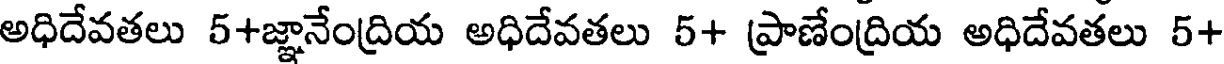
అధిదేవతలు 5+జ్ఞానేంద్రియ అధిదేవతలు 5+ ప్రాణేంద్రియ అధిదేవతలు 5+